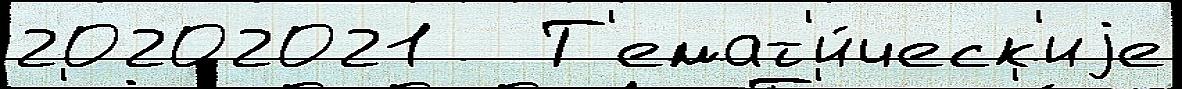
20202021   Т'емат'и́ческ'иjе